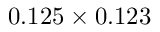
{ 0 . 1 2 5 \times 0 . 1 2 3 }